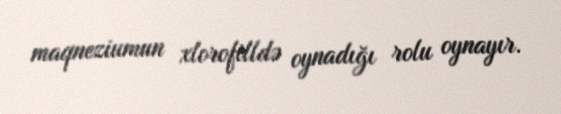
maqneziumun xlorofilldə oynadığı rolu oynayır.